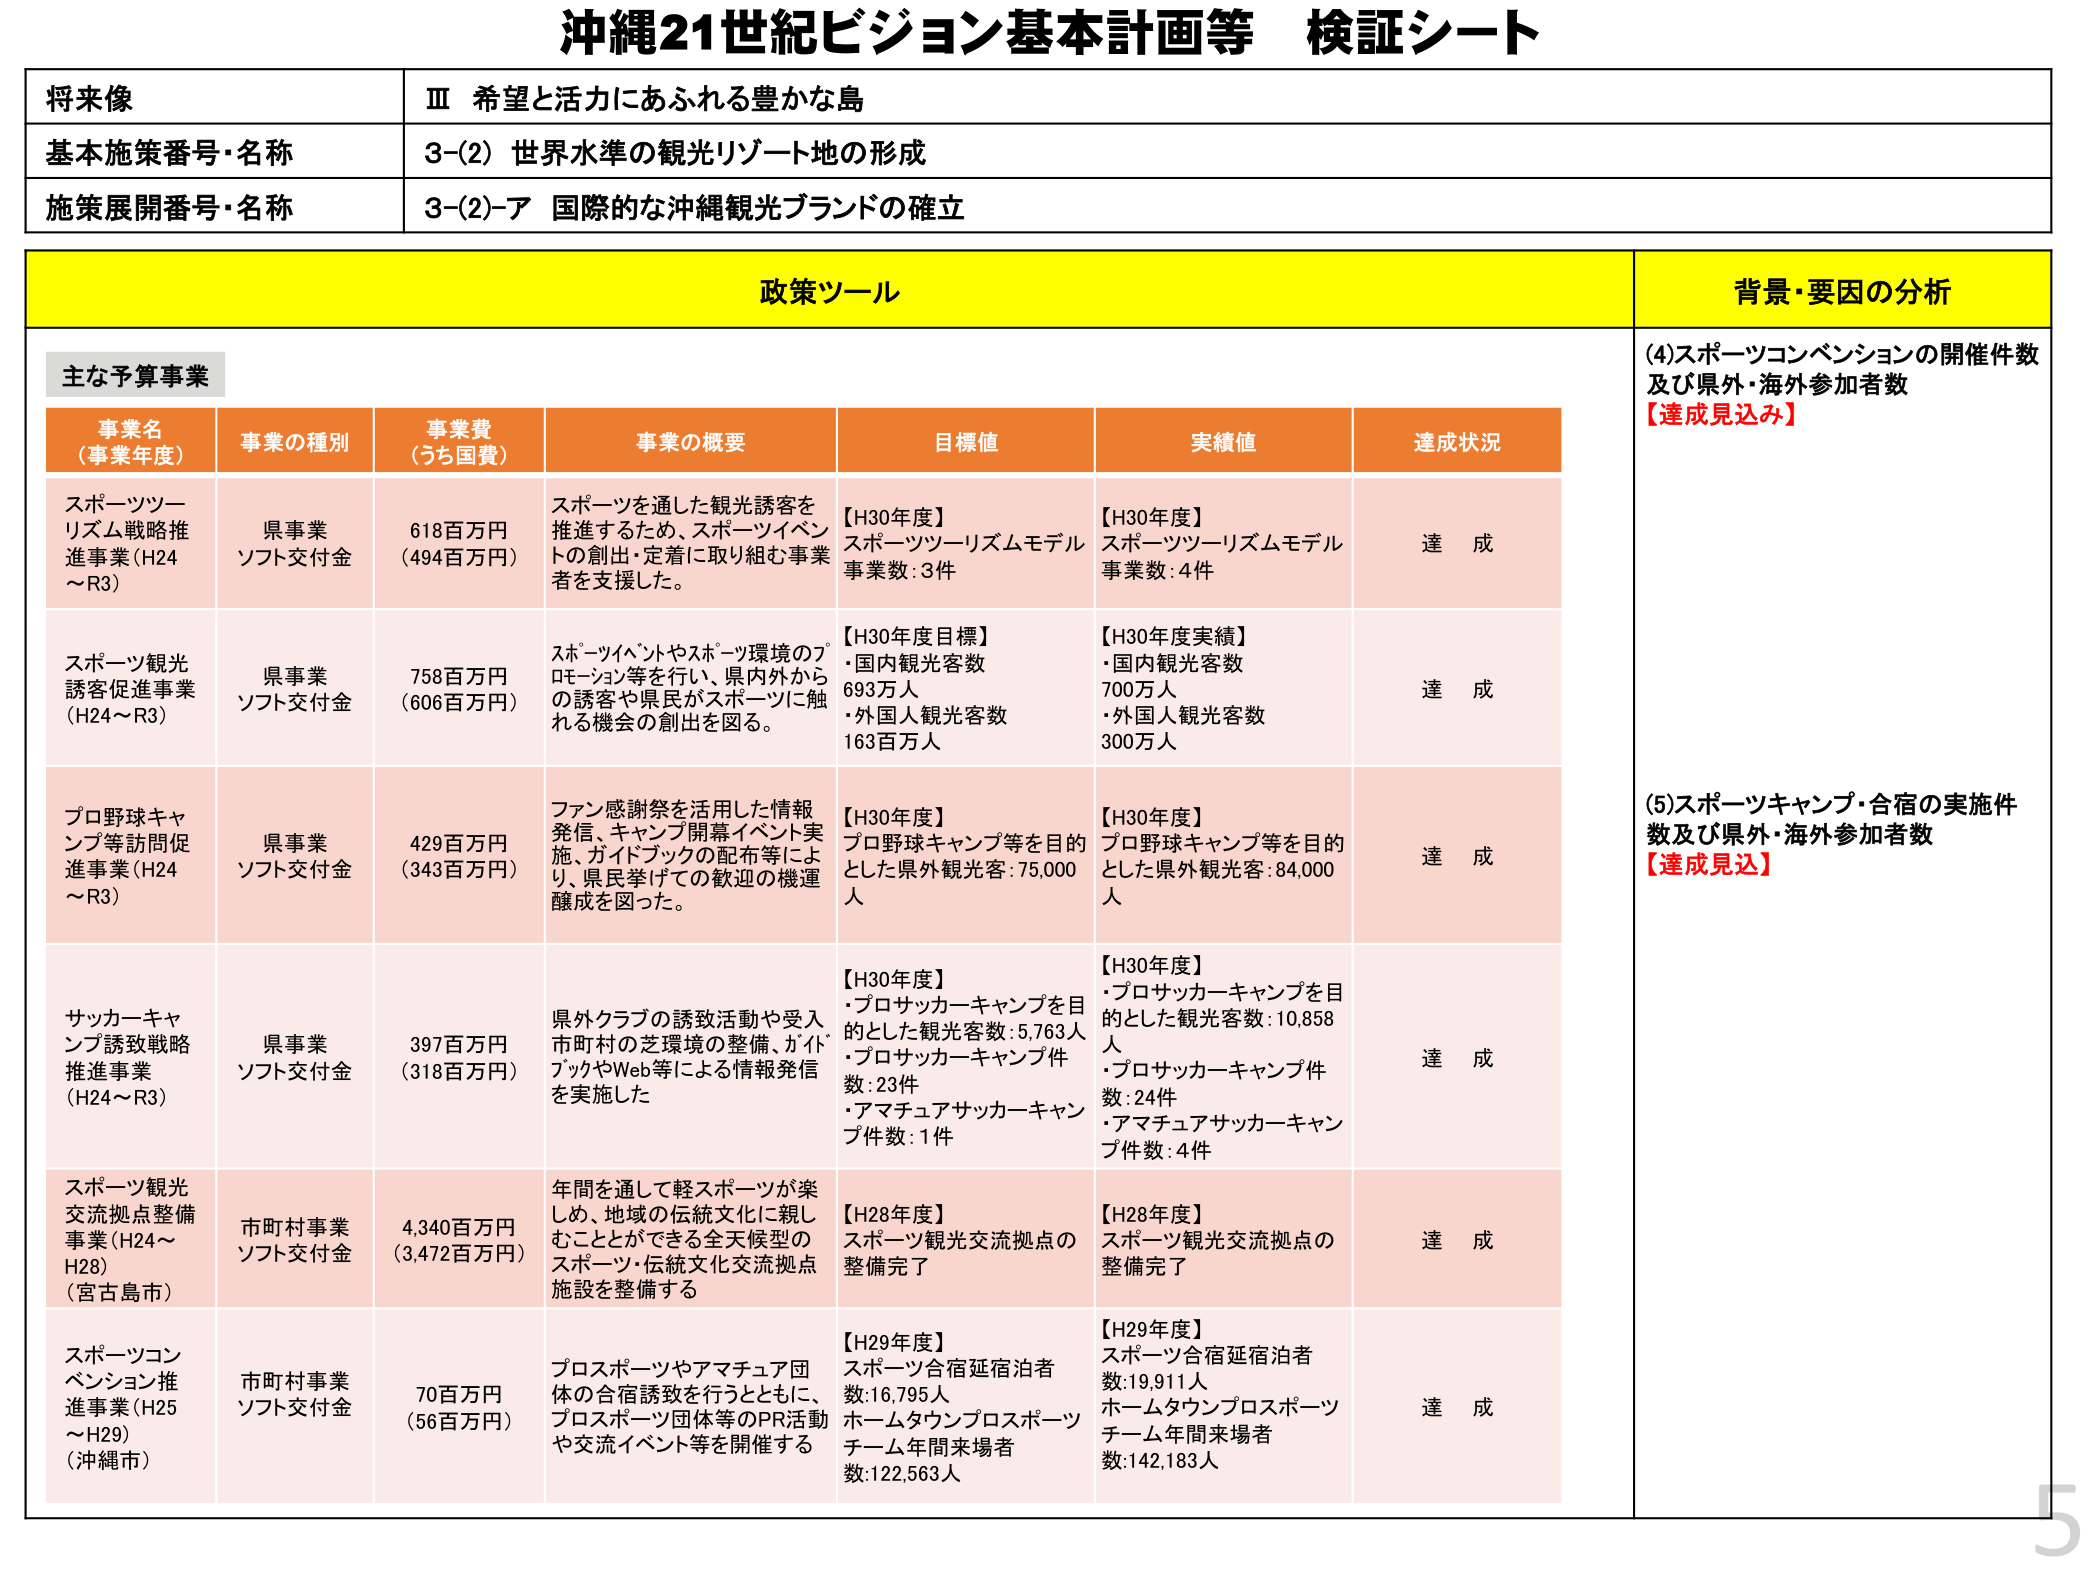
沖縄21世紀ビジョン基本計画等 検証シート

将来像
Ⅲ 希望と活力にあふれる豊かな島

基本施策番号・名称
3-(2) 世界水準の観光リゾート地の形成

施策展開番号・名称
3-(2)-ア 国際的な沖縄観光ブランドの確立

政策ツール

主な予算事業

事業名（事業年度）
事業の種別
事業費（うち国費）
事業の概要
目標値
実績値
達成状況

スポーツツーリズム戦略推進事業（H24～R3）
県事業
ソフト交付金
618百万円（494百万円）
スポーツを通した観光誘客を推進するため、スポーツイベントの創出・定着に取り組む事業者を支援した。
【H30年度】
スポーツツーリズムモデル事業数：3件
【H30年度】
スポーツツーリズムモデル事業数：4件
達成

スポーツ観光誘客促進事業（H24～R3）
県事業
ソフト交付金
758百万円（606百万円）
スポーツイベントやスポーツ環境のプロモーション等を行い、県内外からの誘客や県民がスポーツに触れる機会の創出を図る。
【H30年度目標】
・国内観光客数 693万人
・外国人観光客数 163万人
【H30年度実績】
・国内観光客数 700万人
・外国人観光客数 300万人
達成

プロ野球キャンプ等訪問促進事業（H24～R3）
県事業
ソフト交付金
429百万円（343百万円）
ファン感謝祭を活用した情報発信、キャンプ開幕イベント実施、ガイドブックの配布等により、県民挙げての歓迎の機運醸成を図った。
【H30年度】
プロ野球キャンプ等を目的とした県外観光客：75,000人
【H30年度】
プロ野球キャンプ等を目的とした県外観光客：84,000人
達成

サッカーキャンプ誘致戦略推進事業（H24～R3）
県事業
ソフト交付金
397百万円（318百万円）
県外クラブの誘致活動や受入市町村の芝環境の整備、ガイドブックやWeb等による情報発信を実施した
【H30年度】
・プロサッカーキャンプを目的とした観光客数：5,763人
・プロサッカーキャンプ件数：23件
・アマチュアサッカーキャンプ件数：1件
【H30年度】
・プロサッカーキャンプを目的とした観光客数：10,858人
・プロサッカーキャンプ件数：24件
・アマチュアサッカーキャンプ件数：4件
達成

スポーツ観光交流拠点整備事業（H24～H28）（宮古島市）
市町村事業
ソフト交付金
4,340百万円（3,472百万円）
年間を通して軽スポーツが楽しめ、地域の伝統文化に親しむことができる全天候型のスポーツ・伝統文化交流拠点施設を整備する
【H28年度】
スポーツ観光交流拠点の整備完了
【H28年度】
スポーツ観光交流拠点の整備完了
達成

スポーツコンベンション推進事業（H25～H29）（沖縄市）
市町村事業
ソフト交付金
70百万円（56百万円）
プロスポーツやアマチュア団体の合宿誘致を行うとともに、プロスポーツ団体等のPR活動や交流イベント等を開催する
【H29年度】
スポーツ合宿延宿泊者数：16,795人
ホームタウンプロスポーツチーム年間来場者数：122,563人
【H29年度】
スポーツ合宿延宿泊者数：19,911人
ホームタウンプロスポーツチーム年間来場者数：142,183人
達成

背景・要因の分析

(4)スポーツコンベンションの開催件数及び県外・海外参加者数
【達成見込み】

(5)スポーツキャンプ・合宿の実施件数及び県外・海外参加者数
【達成見込み】

5